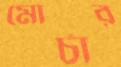
মোর্চার